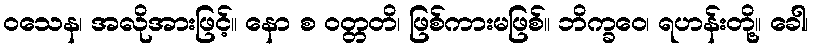
ဝသေန၊ အလိုအားဖြင့်။ နော စ ဝတ္တတိ၊ ဖြစ်ကားမဖြစ်။ ဘိက္ခဝေ၊ ရဟန်းတို့။ ခေါ၊